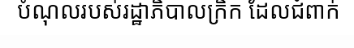
បំណុលរបស់រដ្ឋាភិបាលក្រិក ដែលជំពាក់